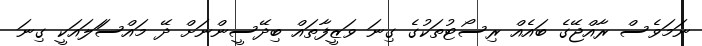
ނަމަވެސް ރާއްޖޭގެ ބައެއް ރިސޯޓުތަކުގެ ގިނަ ވަޒީފާތައް ބިދޭސީންނަށް ދޭ މައްސަަލައަކީ ގިނަ